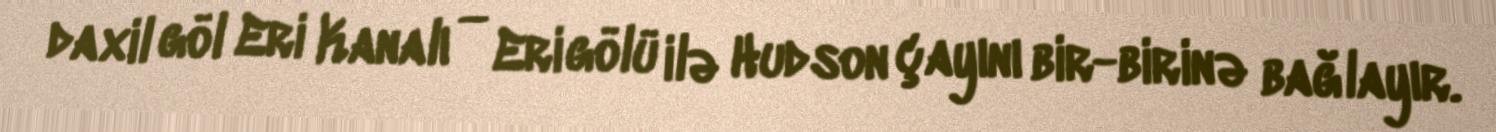
daxil göl Eri Kanalı — Eri gölü ilə Hudson çayını bir-birinə bağlayır.